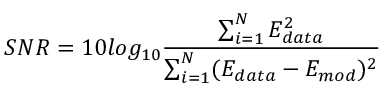
S N R = 1 0 l o g _ { 1 0 } \frac { \sum _ { i = 1 } ^ { N } E _ { d a t a } ^ { 2 } } { \sum _ { i = 1 } ^ { N } ( E _ { d a t a } - E _ { m o d } ) ^ { 2 } }